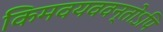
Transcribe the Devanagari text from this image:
किमवयववन्तोऽपि